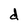
Character: d